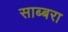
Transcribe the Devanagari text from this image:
साब्बरा